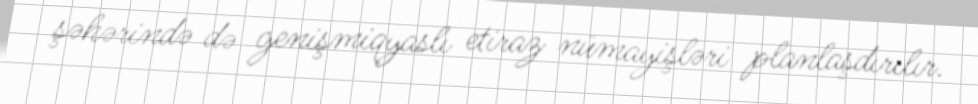
şəhərində də genişmiqyaslı etiraz nümayişləri planlaşdırılır.